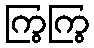
ကြွကြွ